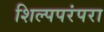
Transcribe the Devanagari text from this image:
शिल्पपरंपरा